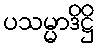
ပသမ္မာဒိဋ္ဌိ